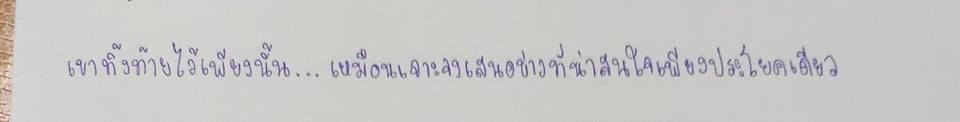
เขาทิ้งท้ายไว้เพียงนั้น...เหมือนเจาะจงเสนอข่าวที่น่าสนใจเพียงประโยคเดียว